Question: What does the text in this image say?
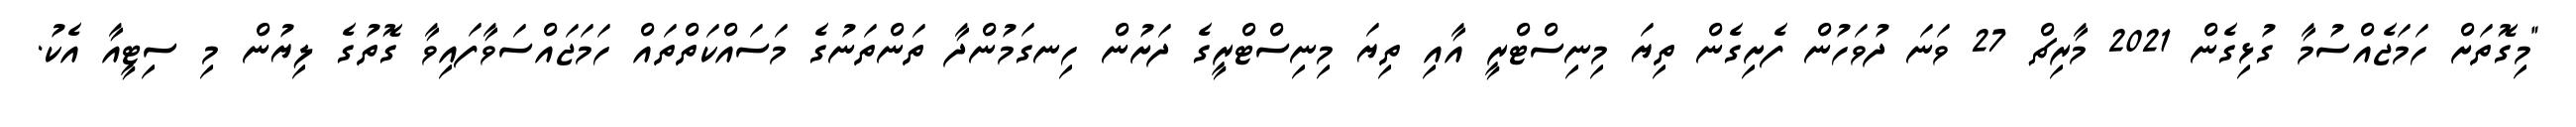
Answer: "މިގޮތަށް ހަމަޖެއްސުމާ ގުޅިގެން 2021 މާރިޗް 27 ވަނަ ދުވަހުން ފެށިގެން ތިޔަ މިނިސްޓްރީ އާއި ތިޔަ މިނިސްޓްރީގެ ދަށުން ހިނގަމުންދާ ތަންތަނުގެ މަސައްކަތްތައް ހަމަޖައްސަވާފައިވާ ގޮތުގެ ލިޔުން މި ސިޓީއާ އެކު.